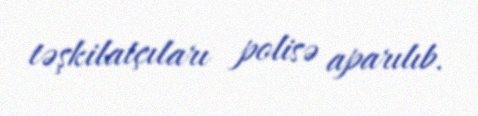
təşkilatçıları polisə aparılıb.